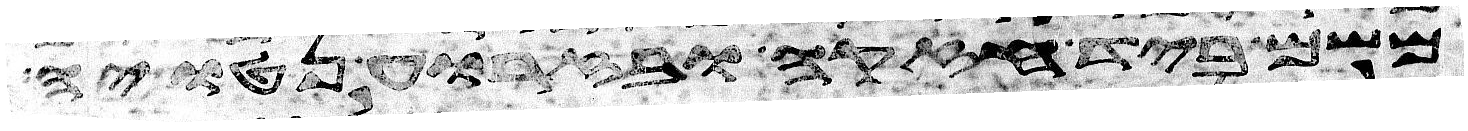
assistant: משם ביד חזקה ובזרוע נטויה